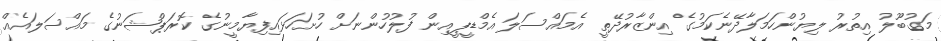
މަގުބޫލު އިތުރު ލިޔުންހަމަލާދޭނެކަމުގެ އިންޒާރުދޭތީ އެމައްސަލަ އެމްޑީޕީއިން ފުލުހުންނަށް ހުށަހަޅައިފިޔާމީނުގެ ކޮރަޕްޝަނުގެ މައްސަލައެއް